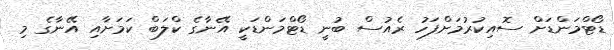
ޑޯޓްމަންޑަށް ސޮއިކުރުމަށްފަހު ރެއުސް ބުނީ ޑޯޓްމަންޑަކީ އޭނާގެ ކްލަބް ކަމަށާއި އޭނާގެ މި